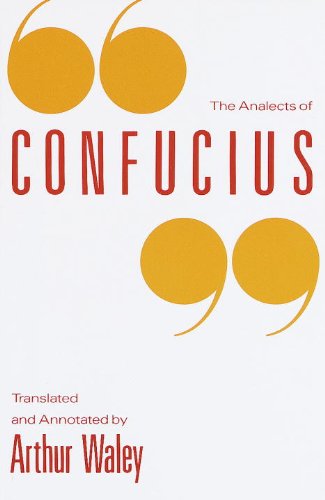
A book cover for The Analects of Confucius; Religion & Spirituality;